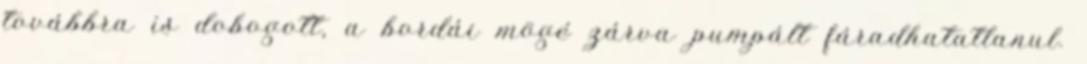
továbbra is dobogott, a bordái mögé zárva pumpált fáradhatatlanul.